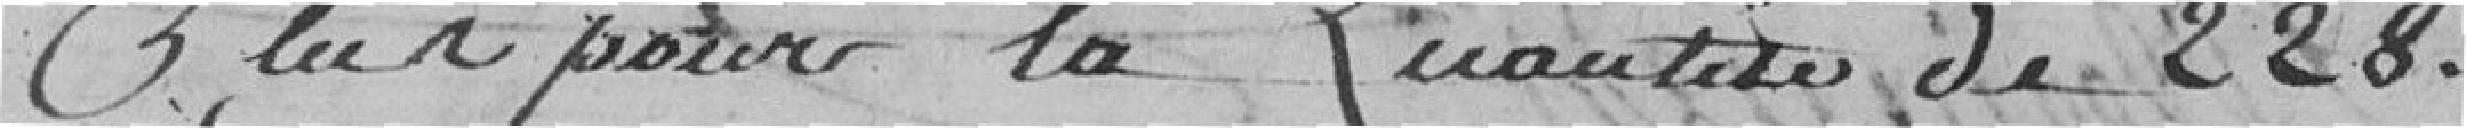
plus pour la quantité de 228.